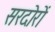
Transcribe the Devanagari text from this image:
सरदोरों